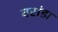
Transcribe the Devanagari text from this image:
वरांडा